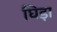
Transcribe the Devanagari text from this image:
घिड़ा